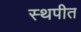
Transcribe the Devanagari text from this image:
स्थपीत